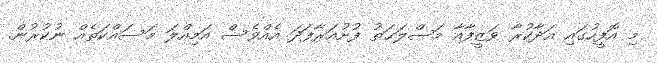
މި އޮފީހުގައި އަދާކުރާ ވަޒީފާއާ މަޞްލަޙަތު ފުށުއަރާފަދަ އެއްވެސް އަމިއްލަ މަސައްކަތެއް ނުކުރުން.